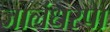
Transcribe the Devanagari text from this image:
जालंधरपा